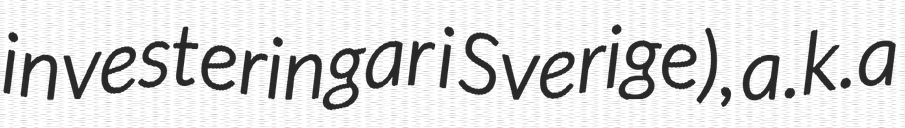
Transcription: investeringar i Sverige), a.k.a